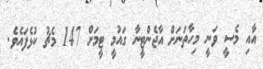
އާއި މެސީ ވަނީ މިހާތަނަށް އާޖެންޓީނާ ގައުމީ ޓީމަށް 147 މެޗު ކުޅެފައެވެ.